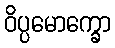
ဝိပ္ပမောက္ခော